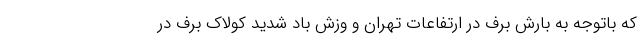
که باتوجه به بارش برف در ارتفاعات تهران و وزش باد شدید کولاک برف در